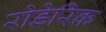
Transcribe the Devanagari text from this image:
रोडेरिक